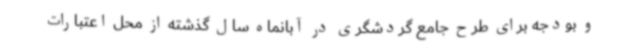
و بودجه برای طرح جامع گردشگری در آبانماه سال گذشته از محل اعتبارات